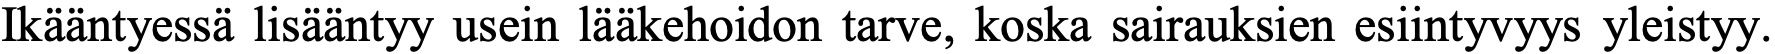
Ikääntyessä lisääntyy usein lääkehoidon tarve, koska sairauksien esiintyvyys yleistyy.